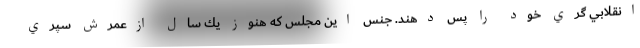
انقلابي گري خود را پس دهند. جنس اين مجلس كه هنوز يك سال ازعمرش سپري